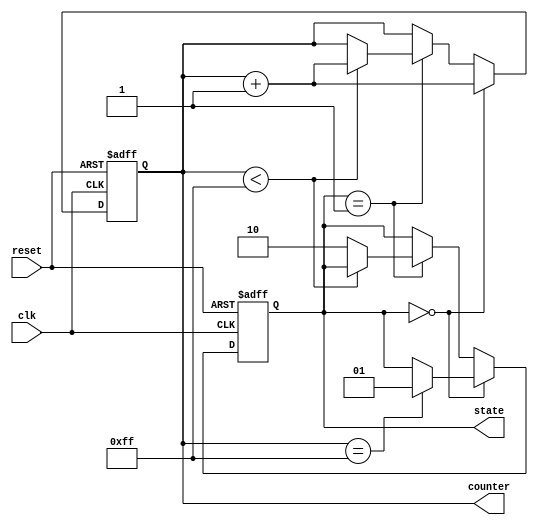
module initialization_example (
    input wire clk,
    input wire reset,
    output reg [7:0] counter,
    output reg [1:0] state
);

    // Define states for a simple state machine
    localparam STATE_IDLE = 2'b00;
    localparam STATE_RUN  = 2'b01;
    localparam STATE_DONE = 2'b10;

    // Initialization Block
    initial begin
        // Initialize counter to zero
        counter = 8'b00000000;
        
        // Initialize state to IDLE
        state = STATE_IDLE;
        
        // Additional initializations can be added here
    end

    // Sequential logic for counter and state machine
    always @(posedge clk or posedge reset) begin
        if (reset) begin
            // Reset logic
            counter <= 8'b00000000;
            state <= STATE_IDLE;
        end else begin
            // Example behavior: Increment counter and change state
            if (state == STATE_IDLE) begin
                counter <= counter + 1;
                if (counter == 8'b11111111) begin
                    state <= STATE_RUN;
                end
            end else if (state == STATE_RUN) begin
                // Simulate some processing
                if (counter < 8'b11111111) begin
                    counter <= counter + 1;
                end else begin
                    state <= STATE_DONE;
                end
            end
            // Additional state transitions can be added here
        end
    end

endmodule